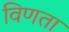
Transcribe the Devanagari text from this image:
विणता